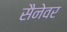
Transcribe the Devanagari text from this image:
सैनेवर